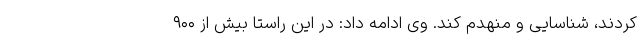
کردند، شناسایی و منهدم کند. وی ادامه داد: در این راستا بیش از ۹۰۰